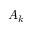
A _ { k }